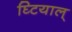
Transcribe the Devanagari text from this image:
घ्टियाल्